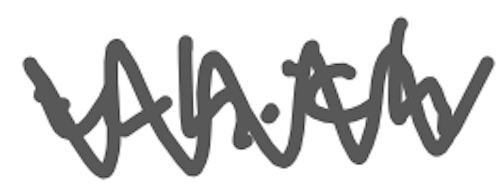
Text: which
Cross-out: zig-zag
Writing tool: digital_gray